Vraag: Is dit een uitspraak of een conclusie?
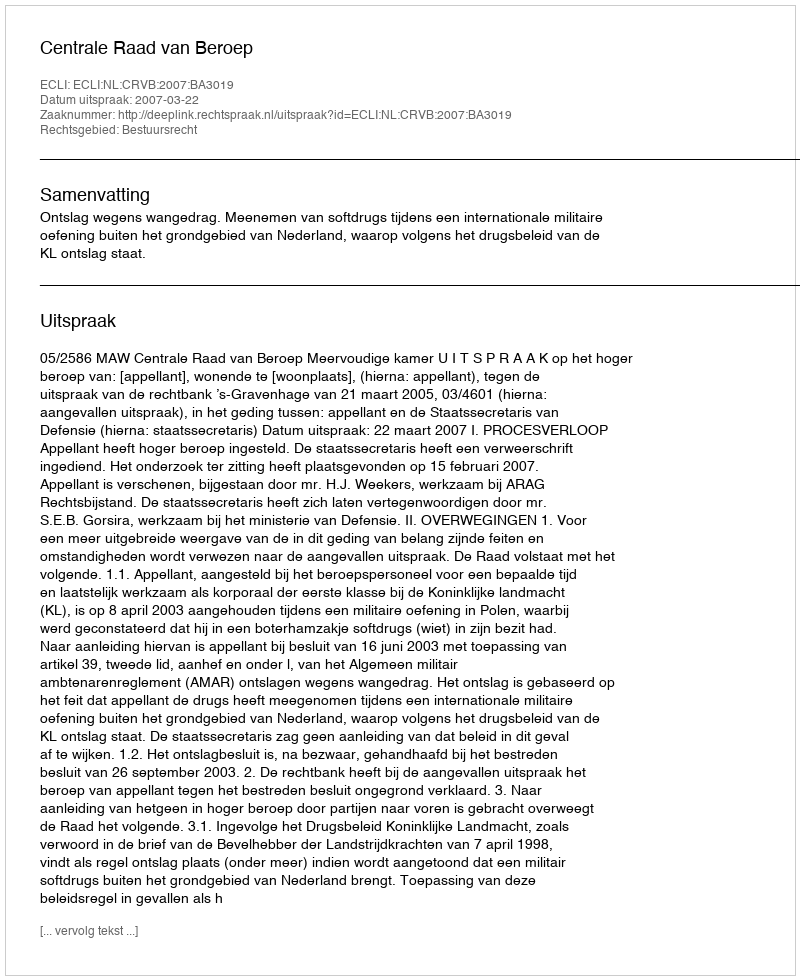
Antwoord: Uitspraak